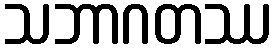
သဘာဂတဿ